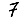
Digit: 7